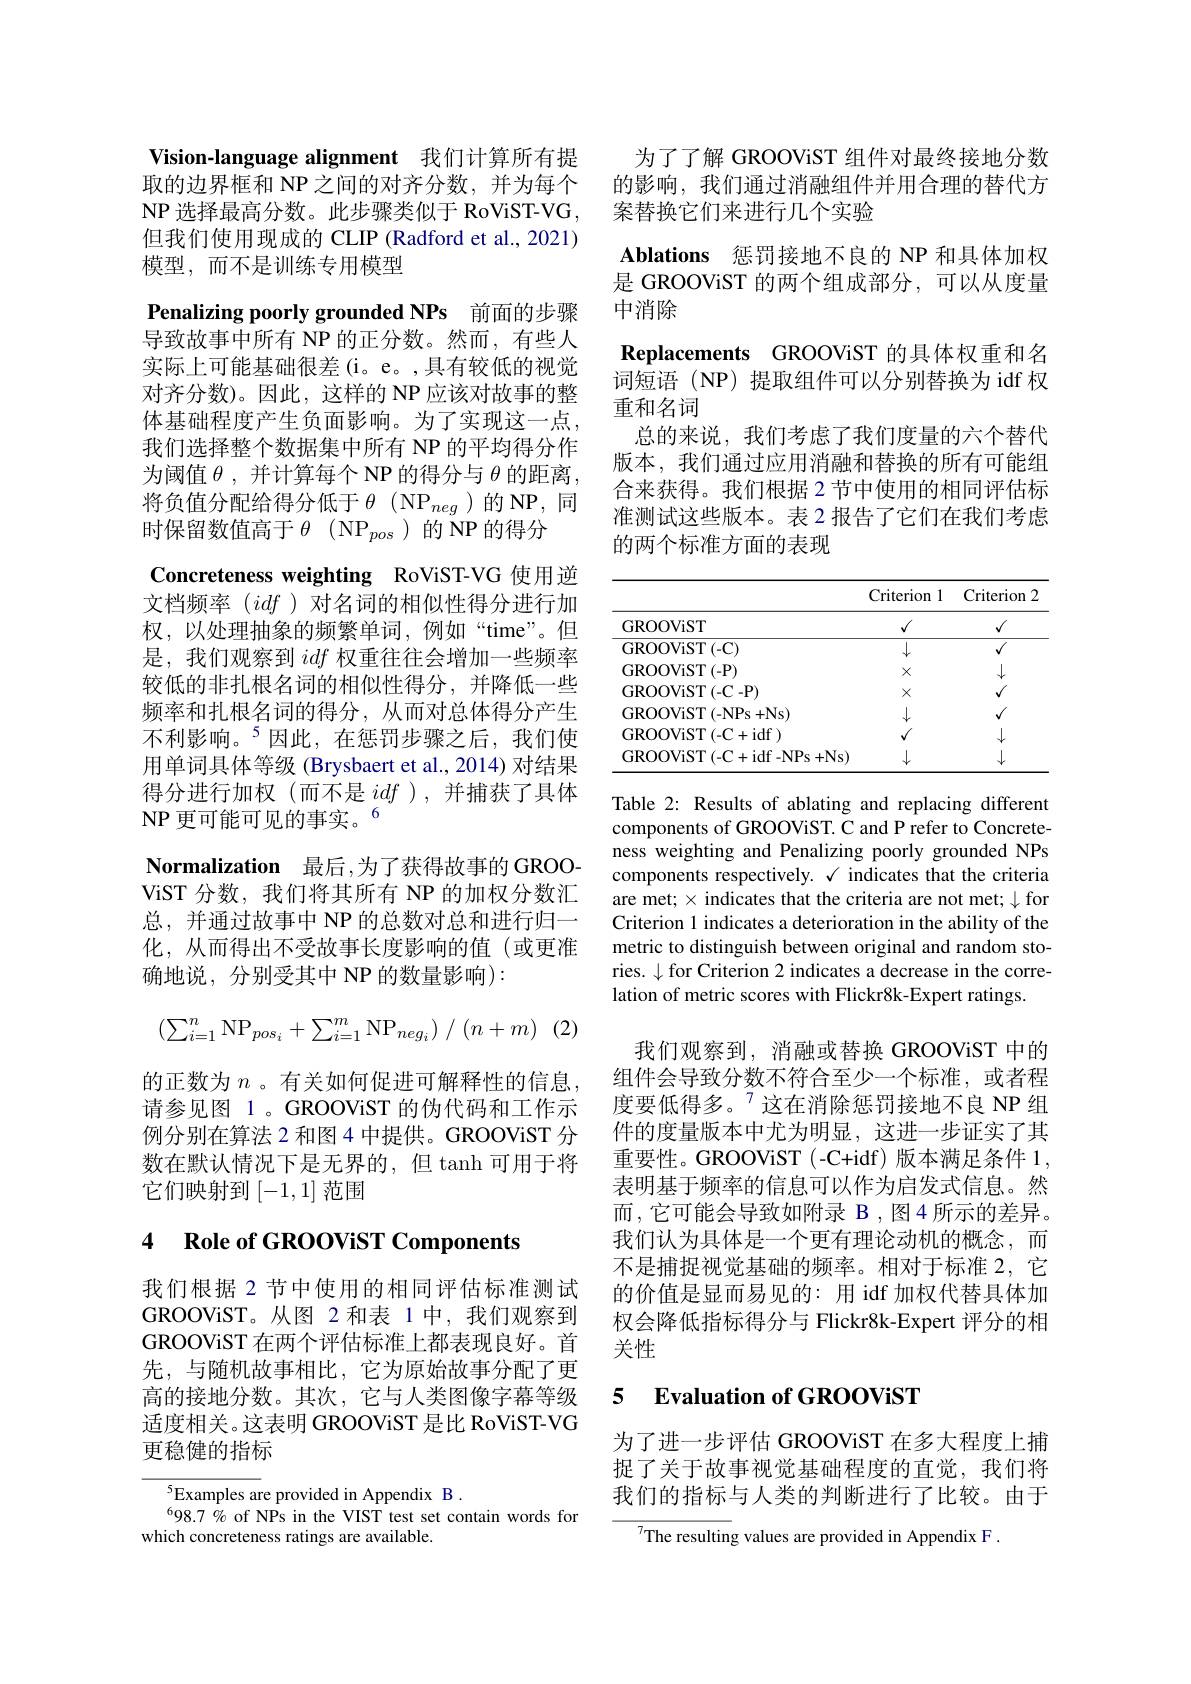
Vision-language alignment 我们计算所有提NP 选择最高分数。此步骤类似于 RoViST-VG , 但我们使用现成的 CLIP (Radford et al., 2021) 模型，而不是训练专用模型
Penalizing poorly grounded NPs 前面的步骤导致故事中所有 NP 的正分数。然而，有些人实际上可能基础很差(i。e。,具有较低的视觉对齐分数)。因此，这样的 NP 应该对故事的整体基础程度产生负面影响。为了实现这一点， 我们选择整个数据集中所有 NP 的平均得分作为阈值$\theta$,并计算每个 NP 的得分与$\theta$的距离， 将负值分配给得分低于$\theta$(NP$_{neg}$)的NP，同时保留数值高于$\theta$(NP$_pos$)的 NP的得分
Concreteness weighting RoViST-VG 使用逆文档频率(idf)对名词的相似性得分进行加权，以处理抽象的频繁单词，例如“time”。但是，我们观察到idf权重往往会增加一些频率较低的非扎根名词的相似性得分，并降低一些频率和扎根名词的得分，从而对总体得分产生不利影响。$^{5}$因此，在惩罚步骤之后，我们使用单词具体等级 (Brysbaert et al., 2014) 对结果得分进行加权(而不是idf ),并捕获了具体NP 更可能可见的事实。6
$\textbf{Normalization}$ 最后，为了获得故事的 GROOViST 分数，我们将其所有 NP 的加权分数汇总，并通过故事中 NP 的总数对总和进行归一化，从而得出不受故事长度影响的值(或更准确地说，分别受其中 NP 的数量影响):
$$(\sum_{i=1}^n\mathrm{NP}_{pos_i}+\sum_{i=1}^m\mathrm{NP}_{neg_i})\:/\:(n+m)$$
的正数为$n$ 。有关如何促进可解释性的信息，

请参见图 1 。GROOViST 的伪代码和工作示例分别在算法 2 和图 4 中提供。GROOViST 分数在默认情况下是无界的，但 tanh 可用于将它们映射到[-1,1]范围

# 4 Role of GROOViST Components

我们根据 2 节中使用的相同评估标准测试GROOViST。从图 2 和表 1中，我们观察到GROOViST 在两个评估标准上都表现良好。首先，与随机故事相比，它为原始故事分配了更高的接地分数。其次，它与人类图像字幕等级适度相关。这表明 GROOViST 是比 RoViST-VG 更稳健的指标

$^{5}$Examples are provided in Appendix B.
$^{6}98.7\%$ of NPs in the VIST test set contain words for
which concreteness ratings are available.

为了了解 GROOViST 组件对最终接地分数
取的边界框和 NP 之间的对齐分数，并为每个 的影响，我们通过消融组件并用合理的替代方
案替换它们来进行几个实验
Ablations 惩罚接地不良的 NP 和具体加权是 GROOViST 的两个组成部分，可以从度量中消除
Replacements GROOViST 的具体权重和名词短语(NP)提取组件可以分别替换为i$df$ 权重和名词
总的来说，我们考虑了我们度量的六个替代版本，我们通过应用消融和替换的所有可能组合来获得。我们根据 2 节中使用的相同评估标准测试这些版本。表 2 报告了它们在我们考虑的两个标准方面的表现

<table>
	<tbody>
		<tr>
			<th> </th>
			<th>Criterion 1</th>
			<th>Criterion</th>
		</tr>
		<tr>
			<td>GROOViST</td>
			<td>$√$</td>
			<td>$√$</td>
		</tr>
		<tr>
			<td>GROOViST(-C)</td>
			<td>$\downarrow$</td>
			<td>$√$</td>
		</tr>
		<tr>
			<td>GROOViST(-P)</td>
			<td>$X$</td>
			<td></td>
		</tr>
		<tr>
			<td>GROOViST(-C-P)</td>
			<td>$X$</td>
			<td>$√$</td>
		</tr>
		<tr>
			<td>GROOViST(-NPs+Ns)</td>
			<td>$\downarrow$</td>
			<td>$√$</td>
		</tr>
		<tr>
			<td>GROOViST(-C+idf)</td>
			<td>$\sqrt{1}$</td>
			<td>$\downarrow$</td>
		</tr>
		<tr>
			<td>GROOViST ( - C+ idf - NPs + Ns</td>
			<td> </td>
			<td>1</td>
		</tr>
	</tbody>
</table>

Table 2: Results of ablating and replacing different components of GROOViST. C and P refer to Concreteness weighting and Penalizing poorly grounded NPs components respectively. $\sqrt\text{ indicates that the criteria}$ are met; $\times$ indicates that the criteria are not met; $\downarrow$ for Criterion 1 indicates a deterioration in the ability of the metric to distinguish between original and random stories. $\downarrow$ for Criterion 2 indicates a decrease in the correlation of metric scores with Flickr8k-Expert ratings.

我们观察到，消融或替换 GROOViST 中的组件会导致分数不符合至少一个标准，或者程度要低得多。$^{7}$这在消除惩罚接地不良 NP 组件的度量版本中尤为明显，这进一步证实了其重要性。GROOViST(-C+idf)版本满足条件 1, 表明基于频率的信息可以作为启发式信息。然而 ,它可能会导致如附录 B ,图4 所示的差异。我们认为具体是一个更有理论动机的概念，而不是捕捉视觉基础的频率。相对于标准 2,它的价值是显而易见的：用 idf 加权代替具体加权会降低指标得分与 Flickr8k-Expert 评分的相关性

### 5 Evaluation of GROOViST

为了进一步评估 GROOViST 在多大程度上捕捉了关于故事视觉基础程度的直觉，我们将我们的指标与人类的判断进行了比较。由于

${^{7}\text{The resulting values are provided in Appendix F}}.$